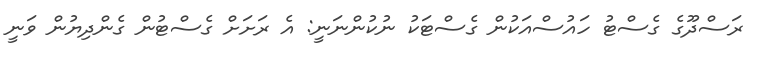
ރަސްދޫގެ ގެސްޓު ހައުސްއަކުން ގެސްޓަކު ނުކުންނަނީ: އެ ރަށަށް ގެސްޓުން ގެންދިޔުން ވަނީ